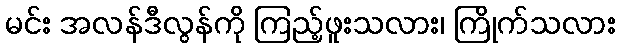
မင်း အလန်ဒီလွန်ကို ကြည့်ဖူးသလား၊ ကြိုက်သလား